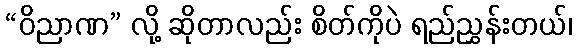
“ဝိညာဏ” လို့ ဆိုတာလည်း စိတ်ကိုပဲ ရည်ညွှန်းတယ်၊